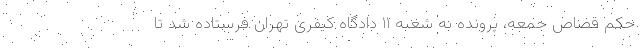
حکم قصاص جمعه، پرونده به شعبه ۱۱ دادگاه کیفری تهران فرستاده شد تا